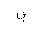
Letter: _ya